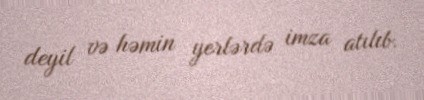
deyil və həmin yerlərdə imza atılıb.